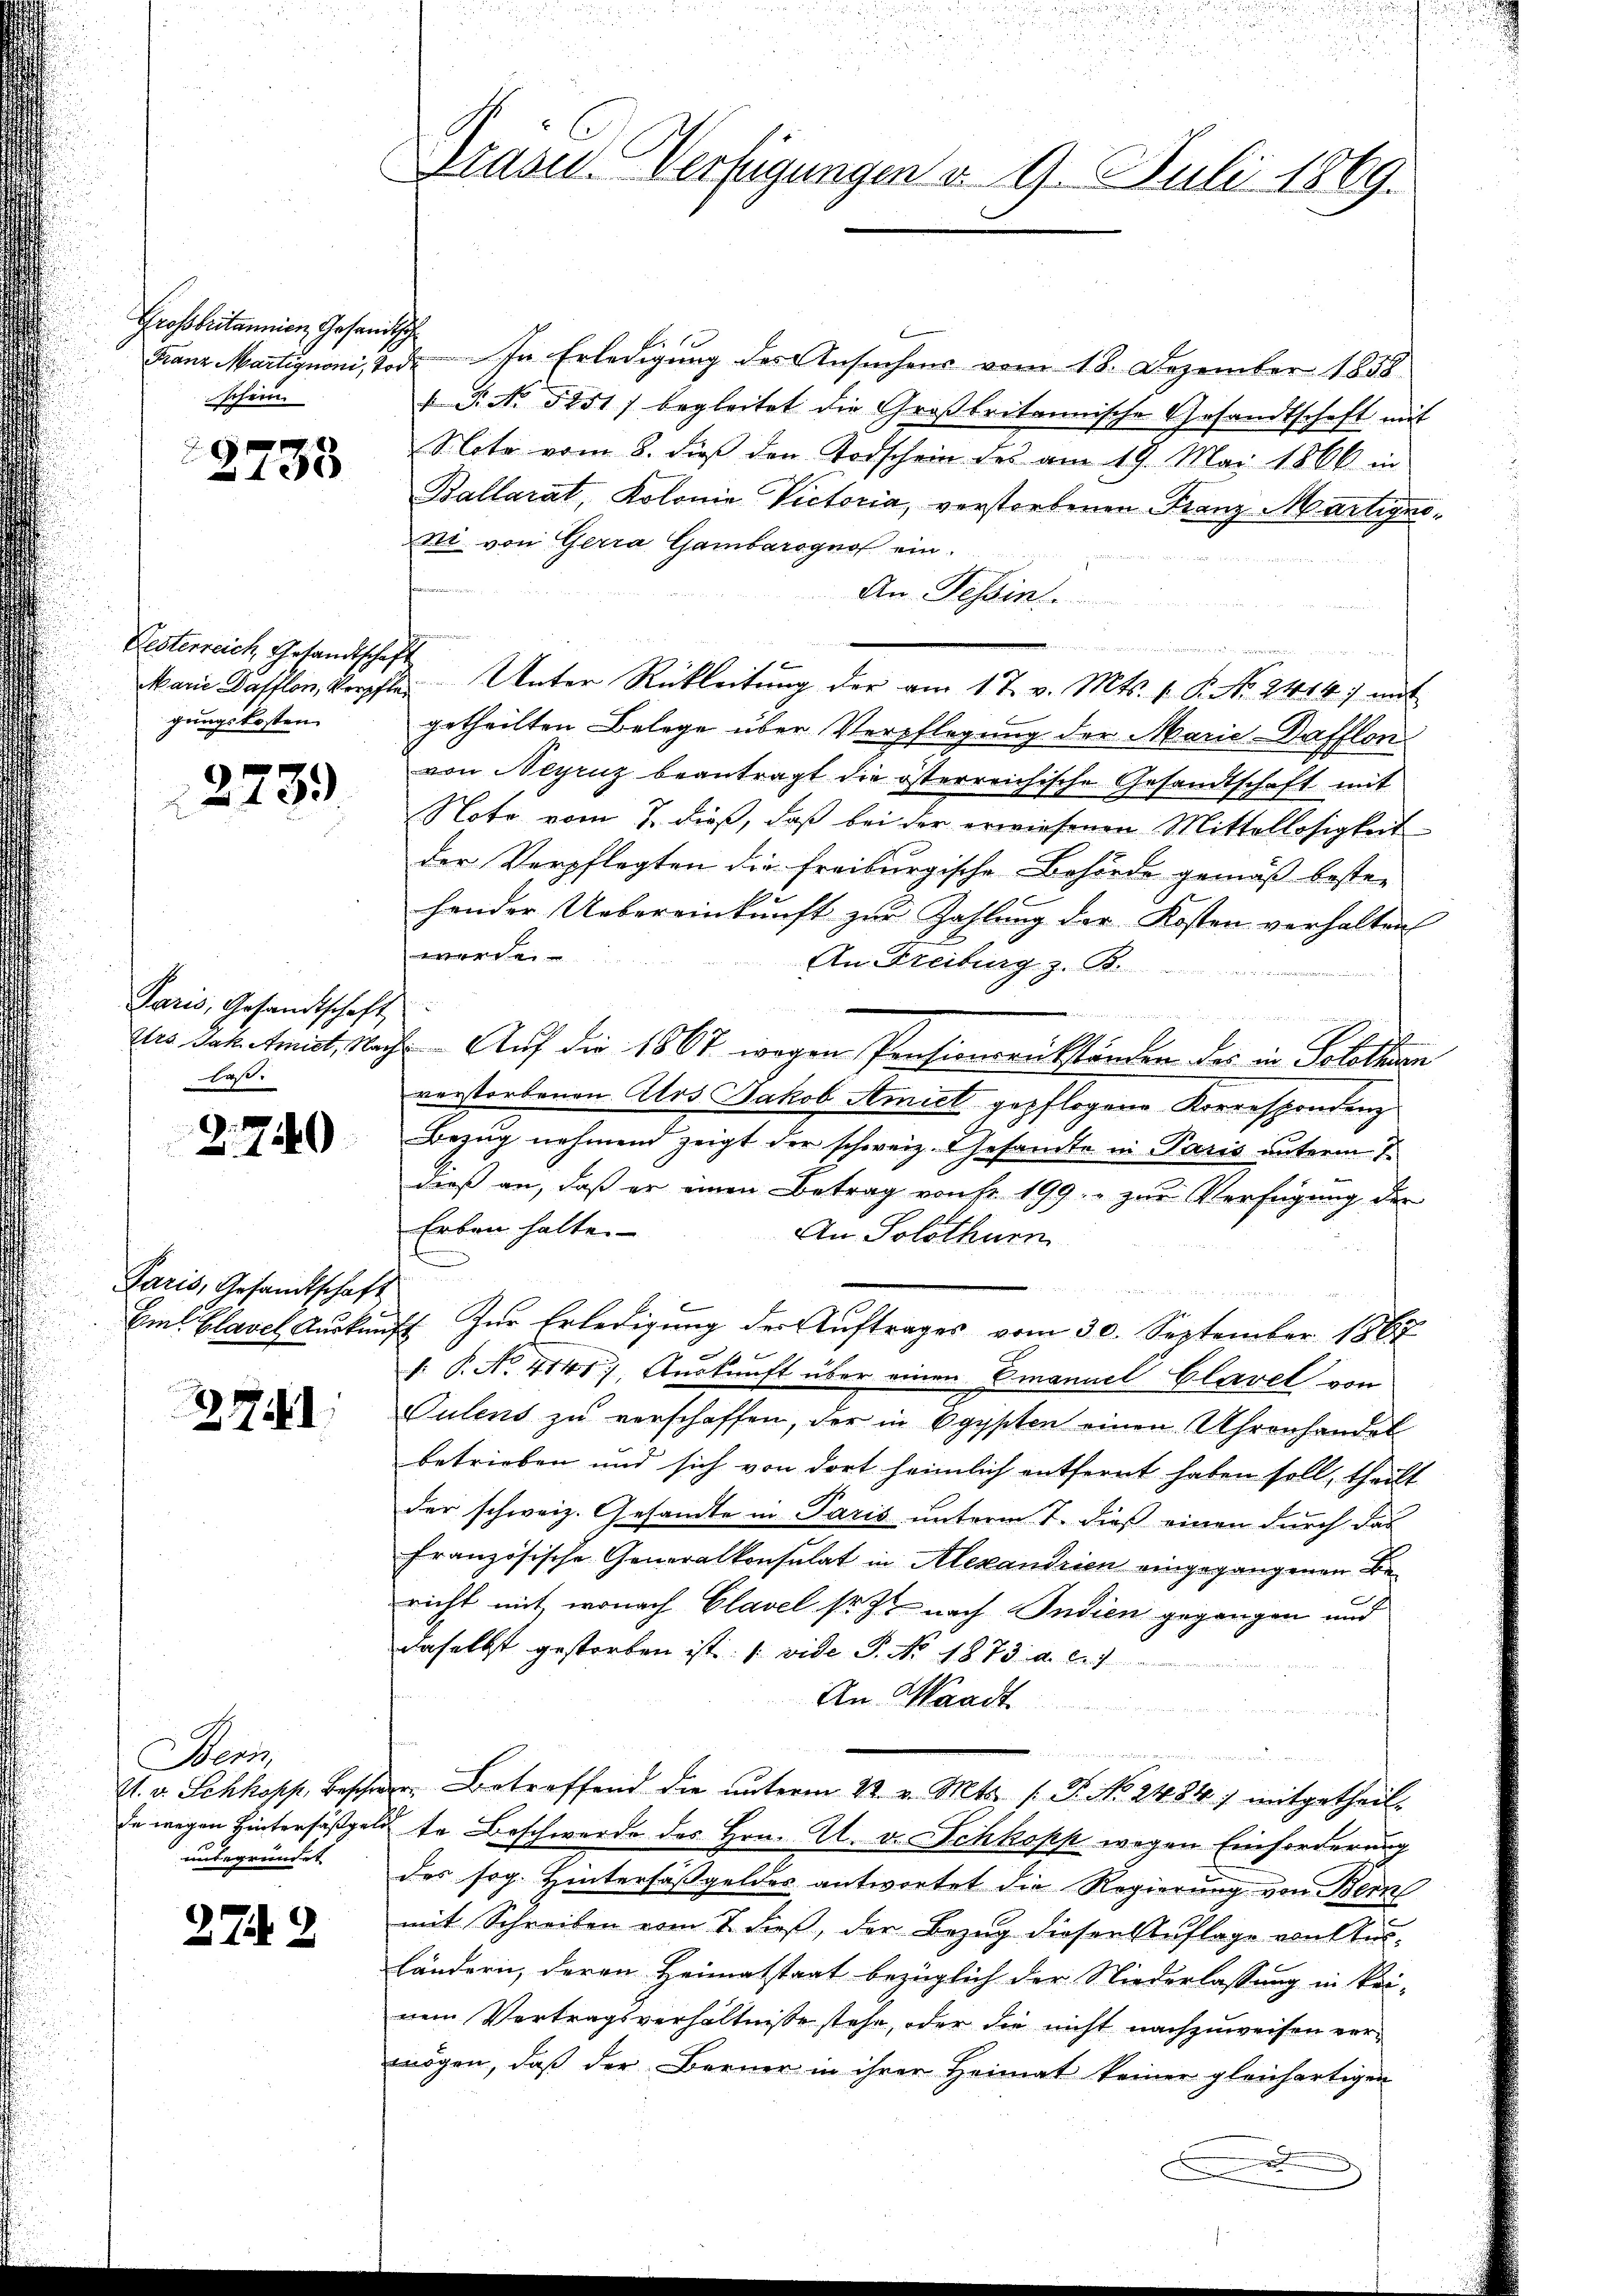
Grossbritannien Gesandtsche
schein.

2733

Festerreich, Gesandtschaft
gungskosten

2739.

Paris, Gesandtschaft
fest.

2.740

Paris, Gesandtschaft

2741

Sens
A. v. Schkopp, Beschre
de wegen Hintersäßgele
unbegründet

274. 2

Arasen Verfügungen d. 9. Juli 1869.

Franz Martignoni, Tode. In Erledigung des Ansuchens vom 18. Dezember 1858
 P. No 5251) begleitet die Großbritannische Gesandtschaft mit
Note vom 8. dieß den Todschein des am 19. Mai 1866 in
Kallarat, Kolonia Victoria, verstorbenen Franz Martigno-
ni. von Gerra Gambarognos ein.
An Tessin.
h mein weiten,
Marie Hafflon, Korpfte Unter Rückleitung der am 17. v. Mts. v. P. No. 2414) mit
getheilten Belege über Verpflegung der Marie-Safflon
von Neyruz beantragt die österreichische Gesandtschaft mit
Note vom 7. dieß, daß bei der erwiesenen Mittellosigkeit
der Verpflegten die freiburgische Behörde gemäß bester
hender Uebereinkunft zur Zahlung der Kosten verhalten
e
An Freiburg z. B.

des Paketmidt, Nach Auf die 1867 wegen Pensionsrückständen des in Solothurn
verstorbenen Ars Jakob Amiet gepflogene Korrespondenz
Bezug nehmend zeigt der schweiz. Gesamte in Paris unterm 7.
dieß an, daß er einen Betrag von sr 199. zur Verfügung der
Erben hatte.
An Solothurn
Im Clavel Auskauft zur Erledigung der Auftrages vom 30. September 1868
f. P. No. 4145) Auskunft über einen Emanuel Clavel von
Tulens zu verschaffen, der in Egypten einen Uhrenhandel
betrieben und sich von dort heimlich entfernt haben soll, theilt
der schweiz. Gesandte in Paris unterm 7. dieß einen durch das
Französische Generalkonsulat in Alexandrien eingegangenen Bericht mit wonach Clavel so zu nach Indien gegangen und
daselbst gestorben ist. (vide P. No 1873. a. c. 1
An Waadt
u
der Betreffend die unterm 22. v. Mts. f. P. No. 24847 mitgetheil-
dte Beschwerde des Hrn. Al. v. Schkopp wegen Einforderung
des sog. Hintersäßgeldes antwortet die Regierung von Bern
mit Schreiben vom 7. dieß, der Bezug diesen Auflage von Ausländern, deren Heimatstaat bezüglich der Niederlassung in kei-
nem Vertragsverhältnisse stehe, oder die nicht nachzuweisen vermögen, daß der Berner in ihrer Heimat keiner gleichartigen